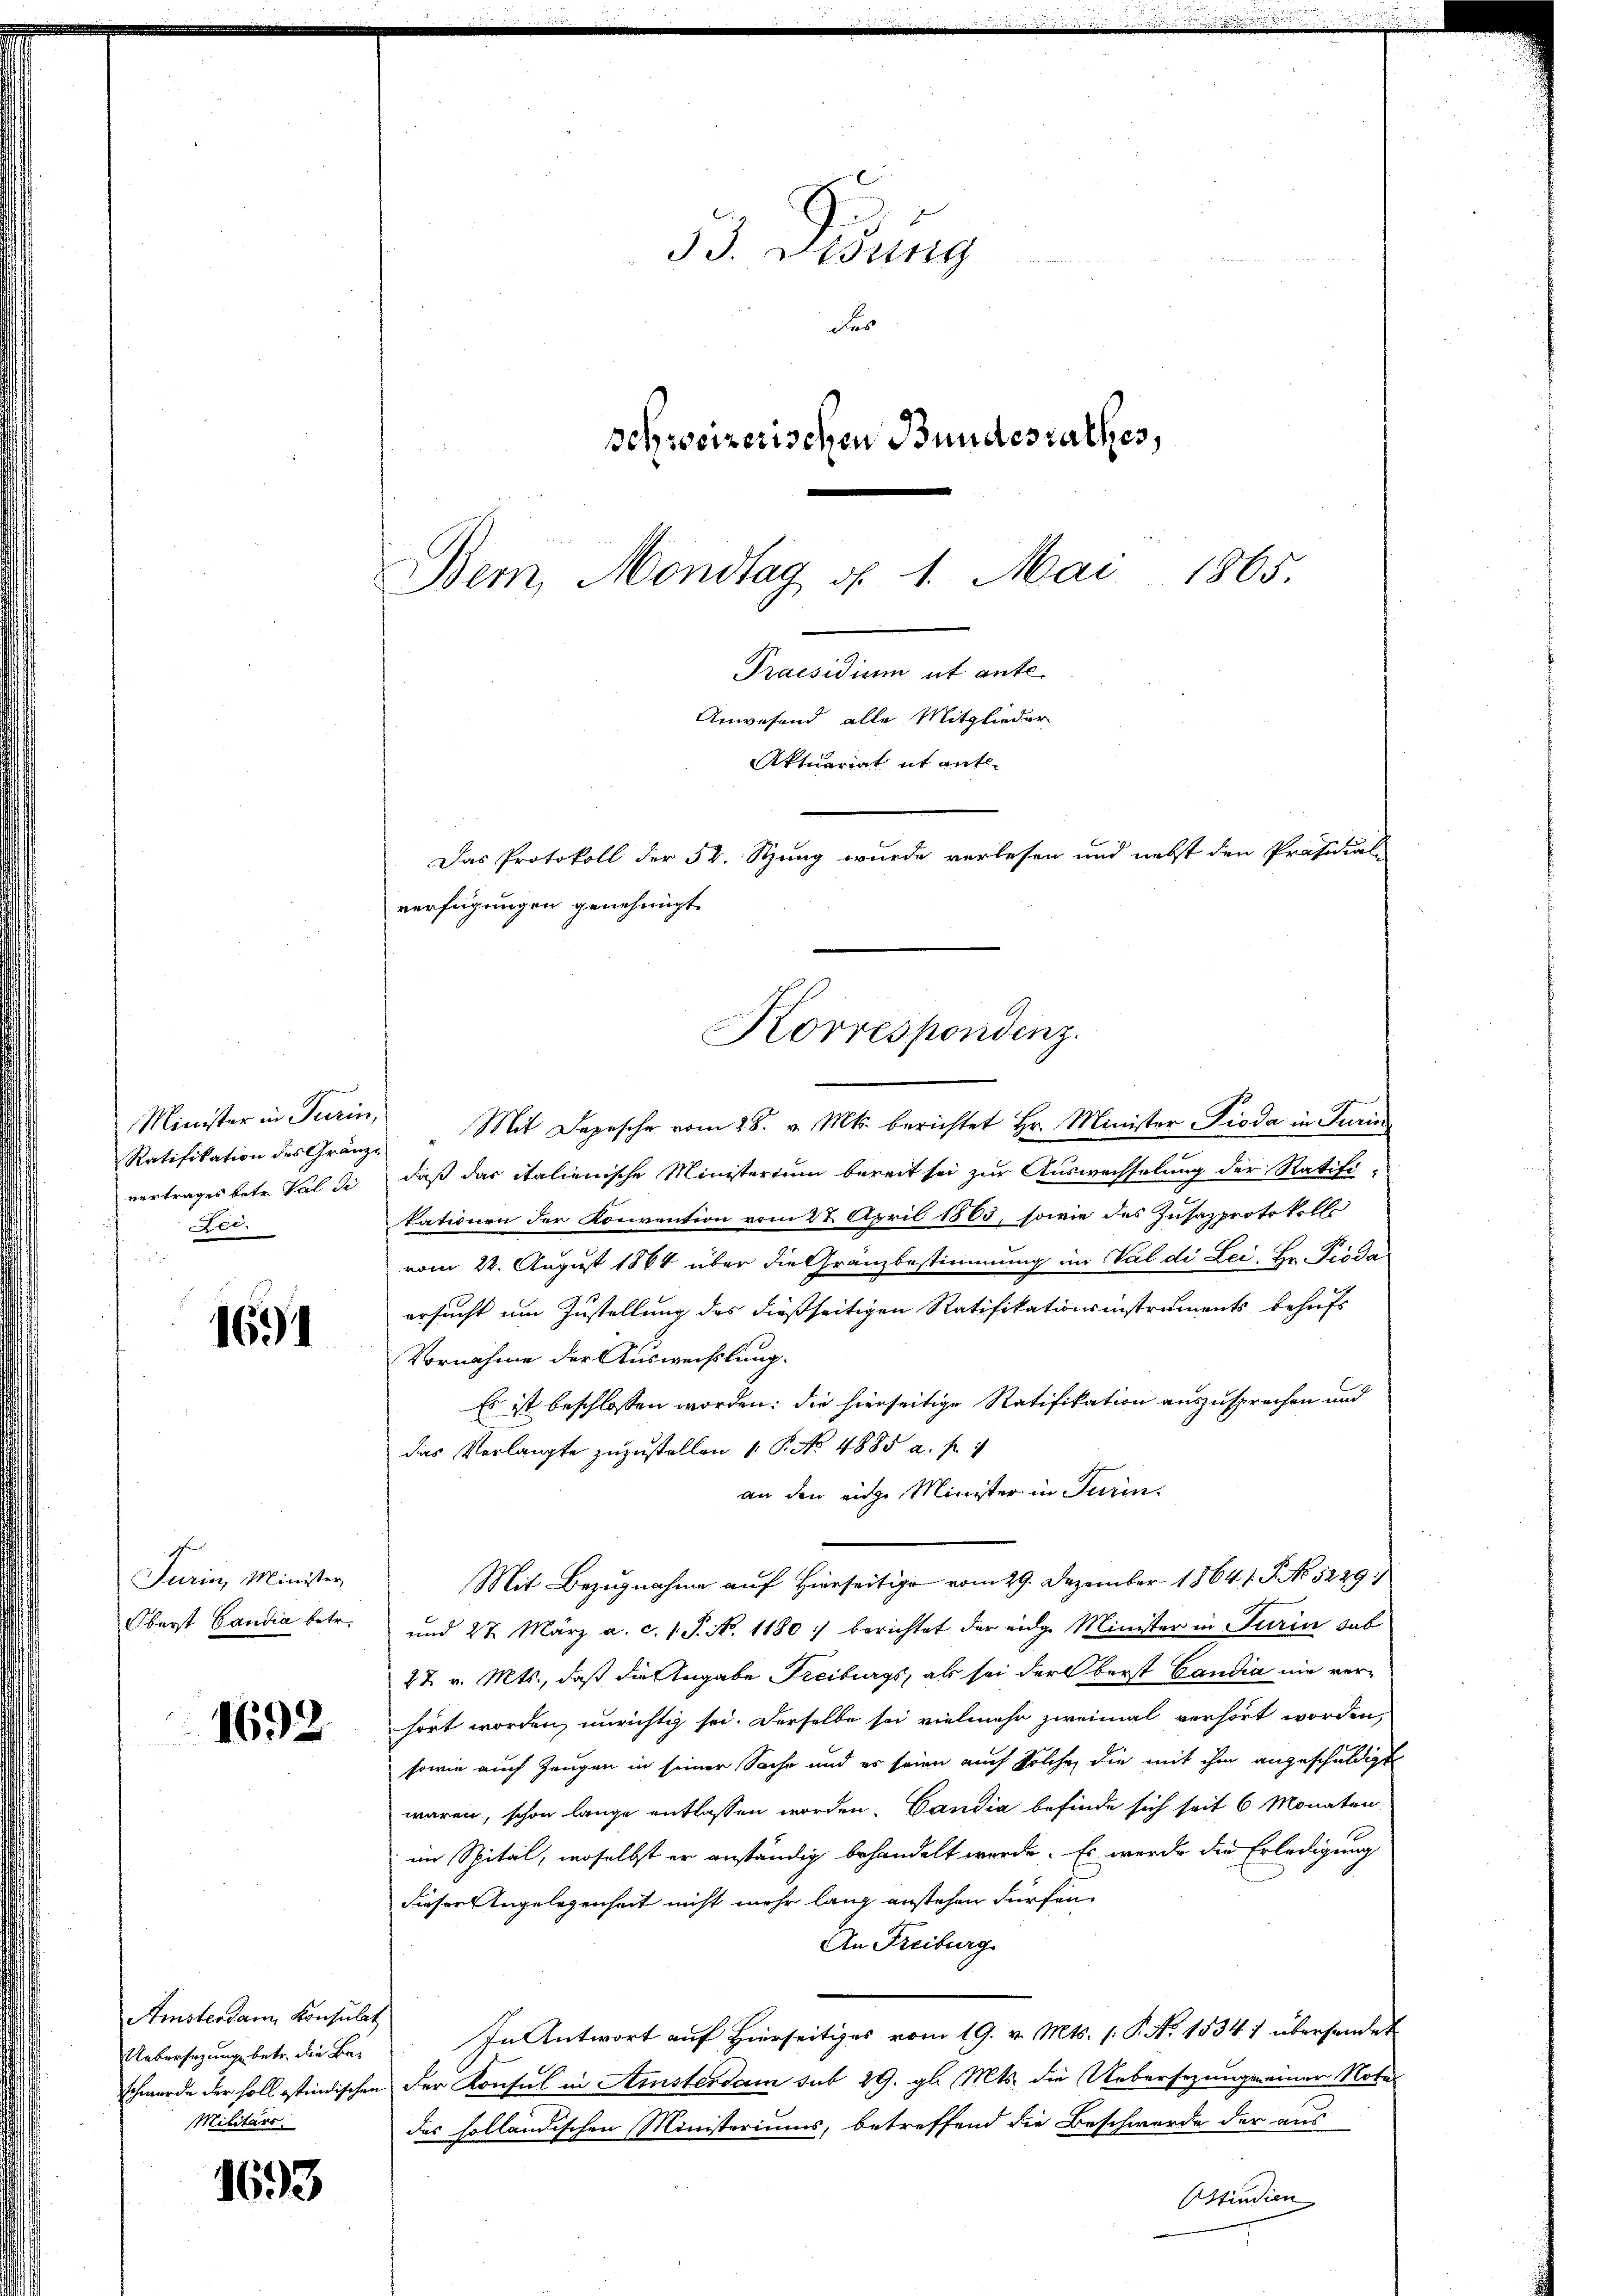
Minister in Turin,
Lei.

1691

Jurin, Minister

1692

Ratifikation des Gränze " Mit Depesche vom 28. v. Mts. berichtet Hr. Minister Pioda in Turin
vertrages betr. Val di, daß das italienische Ministerium bereit sei zur Auswechselung der Ratifi-
kationen der Konvention vom 27. April 1865, sowie des Zusazprotokolls
vom 22. August 1864 über die Gränzbestimmung im Val di Lei. Hr. Piodaersucht um Zustellung des dießseitigen Ratifikationsinstruments behufs
Vornahme der Auswechslung.
Es ist beschlossen worden; die hierseitige Ratifikation auszusprechen und
das Verlangte zuzustellen 1. P. No 4885 a. f. 1
an den eige Minister in Turin.
Mit Bezugnahme auf Hierseitige vom 29. Dezember 18641. S. No 5229
Oberst Candia betr. und 27. März a. c. 1 S. Nr. 1180 :/ berichtet der eidge Minister in Turin dab
22 v. Mts., daß die Angabe Freiburgs, als sei der berst Candia nie verhört worden, unrichtig sei. Derselbe sei vielmehr zweimal verhört worden,
sowie auch Zeugen in seiner Sache und es seien auch solche die mit ihm angeschuldigt
waren, schon lange entlassen worden. Candia befinde sich seit 6 Monaten
im Spital, woselbst er anständig behandelt werde. Es werde die Erledigung
dieser Angelegenheit nicht mehr lang anstehen dürfen.
An Freiburg
In Antwort auf Hierseitiges vom 19. v. Mts. (: P. No 1534 1 übersendet
schwerde der soll estindischen der Konsul in Amsterdam sub 29. gl. Mts. die Uebersezung seiner Nord
des holländischen Ministeriums, betreffend die Beschwerde der aus
Ostindien

Amsterdann Konsulat
Uebersezung betr. die Bas
Militärs.

1693

53. Lesung
das
schweizerischen Bundesrathes,

Bem, Mondtag d. 1. Mai 1865.
demandern aberste
Anwesend alle Mitglieder
Aktuariat it ent¬
Das Protokoll der 52. Stung wurde verlesen und nebst den Präsidial-
verfügungen genehmigt.
Korrespondenz.